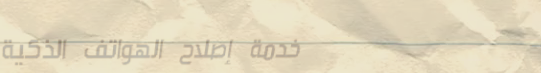
خدمة إصلاح الهواتف الذكية